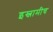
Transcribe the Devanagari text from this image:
इस्लामीच